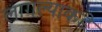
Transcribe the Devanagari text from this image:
लागल्याकडे